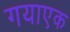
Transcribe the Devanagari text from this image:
गयाएक